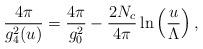
LaTeX: \begin{align*}\frac {4 \pi}{g_4^2(u)} = \frac {4\pi}{g_0^2} - \frac {2 N_c}{4 \pi} \ln \left( \frac {u}{\Lambda} \right),\end{align*}